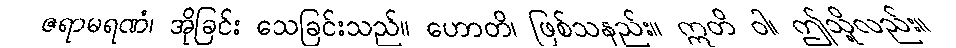
ဇရာမရဏံ၊ အိုခြင်း သေခြင်းသည်။ ဟောတိ၊ ဖြစ်သနည်း။ ဣတိ ဝါ၊ ဤသို့လည်း။